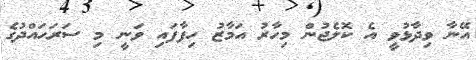
އޭނާ ވިދާޅުވީ އެ ކޮލެޖުން މިހާރު އަމާޒު ހިފާފައި ވަނީ މި ސަރަހައްދުގެ